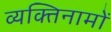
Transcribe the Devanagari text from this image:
व्यक्‍तिनामों